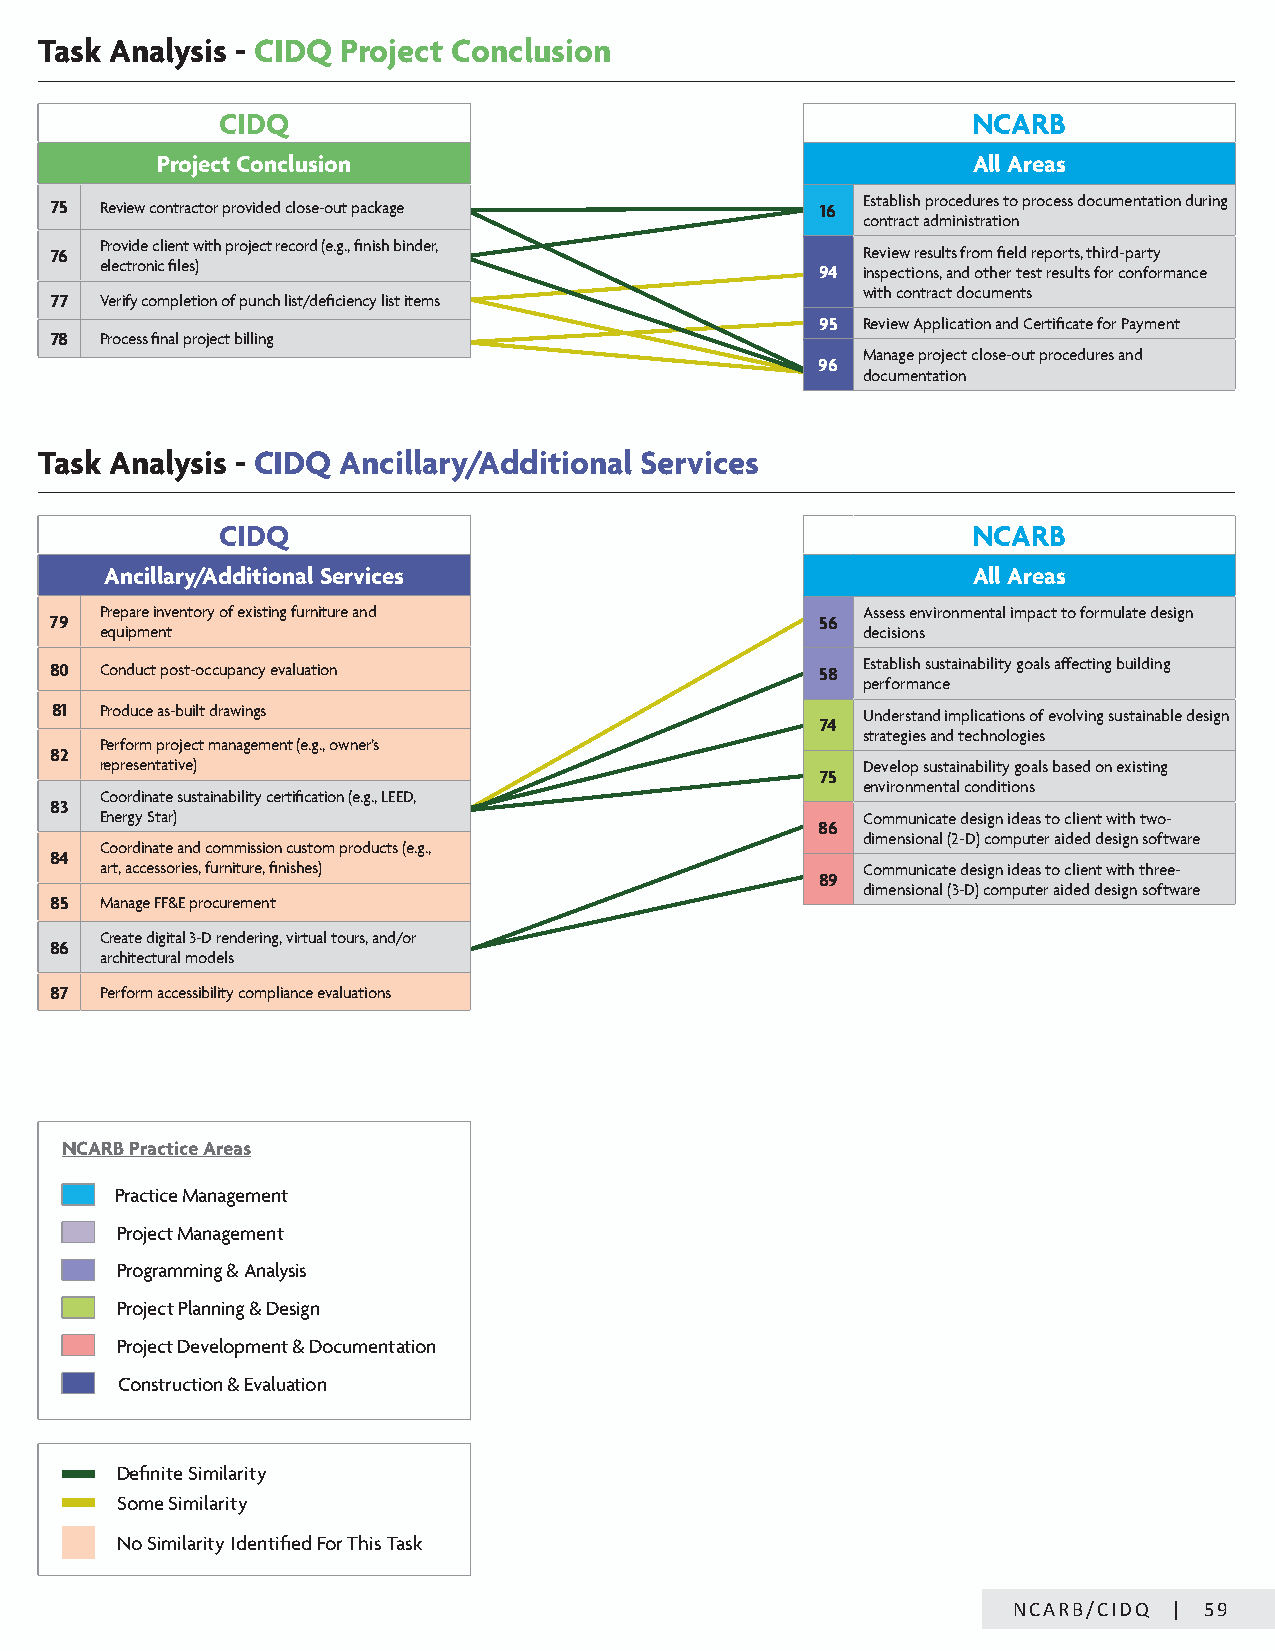
Task Analysis - CIDQ Project Conclusion
 CIDQ                                              NCARB
 Project Conclusion                                    All Areas
 75  Review contractor provided close-out package   16 Establish procedures to process documentation during
 contract administration
 Provide client with project record (e.g., finish binder,
 76                                                    Review results from field reports, third-party
 electronic files)                              94 inspections, and other test results for conformance
 with contract documents
 77  Verify completion of punch list/deficiency list items
 95 Review Application and Certificate for Payment
 78  Process final project billing
 Manage project close-out procedures and
 96
 documentation
 Task Analysis - CIDQ Ancillary/Additional Services
 CIDQ                                              NCARB
 Ancillary/Additional Services                            All Areas
 Prepare inventory of existing furniture and       Assess environmental impact to formulate design
 79                                                 56
 equipment                                         decisions
 80  Conduct post-occupancy evaluation              58 Establish sustainability goals affecting building
 performance
 81  Produce as-built drawings                         Understand implications of evolving sustainable design
 74
 strategies and technologies
 Perform project management (e.g., owner’s
 82
 representative)                                   Develop sustainability goals based on existing
 75
 environmental conditions
 Coordinate sustainability certification (e.g., LEED,
 83
 Energy Star)                                      Communicate design ideas to client with two-
 86
 dimensional (2-D) computer aided design software
 Coordinate and commission custom products (e.g.,
 84
 art, accessories, furniture, finishes)            Communicate design ideas to client with three-
 89
 dimensional (3-D) computer aided design software
 85  Manage FF&E procurement
 Create digital 3-D rendering, virtual tours, and/or
 86
 architectural models
 87  Perform accessibility compliance evaluations
 NCARB Practice Areas
 Practice Management
 Project Management
 Programming & Analysis
 Project Planning & Design
 Project Development & Documentation
 Construction & Evaluation
 Definite Similarity
 Some Similarity
 No Similarity Identified For This Task
 NCARB/CIDQ | 59